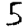
Digit: 5